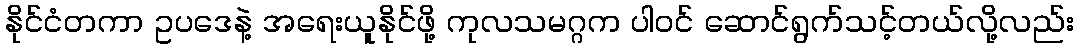
နိုင်ငံတကာ ဥပဒေနဲ့ အရေးယူနိုင်ဖို့ ကုလသမဂ္ဂက ပါဝင် ဆောင်ရွက်သင့်တယ်လို့လည်း